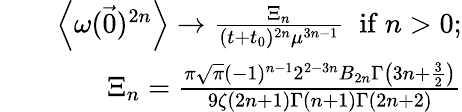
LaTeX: \begin{array}{rlr}&{}&{\left\langle\omega(\vec{0})^{2n}\right\rangle\to\frac{\Xi_{n}}{(t+t_{0})^{2n}\mu^{3n-1}}\; \mathrm{~if~}n>0;}\\ &{}&{\Xi_{n}=\frac{\pi\sqrt{\pi}(-1)^{n-1}2^{2-3n}B_{2n}\Gamma\left(3n+\frac{3}{2}\right)}{9\zeta(2n+1)\Gamma(n+1)\Gamma(2n+2)}}\end{array}